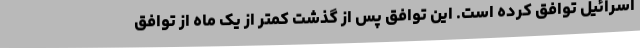
اسرائیل توافق کرده است. این توافق پس از گذشت کمتر از یک ماه از توافق